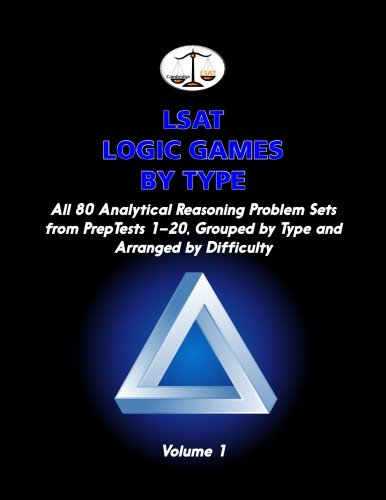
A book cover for LSAT Logic Games by Type, Volume 1: All 80 Analytical Reasoning Problem Sets from PrepTests 1-20, Grouped by Type and Arranged by Difficulty (Cambridge LSAT); Morley Tatro; Test Preparation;